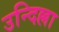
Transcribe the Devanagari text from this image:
उन्दिल्ला